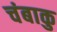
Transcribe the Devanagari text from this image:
चंबाकु